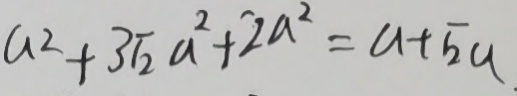
a ^ { 2 } + 3 \sqrt { 2 } a ^ { 2 } + 2 a ^ { 2 } = a + \sqrt { 2 } a